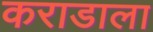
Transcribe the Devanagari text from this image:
कराडाला